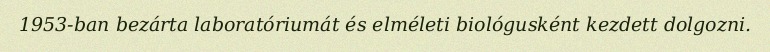
1953-ban bezárta laboratóriumát és elméleti biológusként kezdett dolgozni.